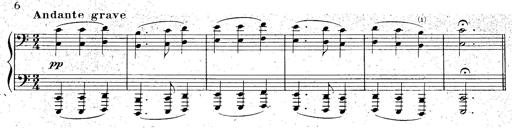
Title: God Save the Queen
Composer: Charles LÃ©on Hess
Key: A major